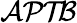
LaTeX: \mathcal{APTB}